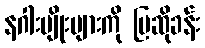
နဂါးမျိုးများကို ပြဆိုခန်း